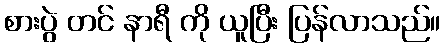
စားပွဲ တင် နာရီ ကို ယူပြီး ပြန်လာသည်။